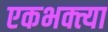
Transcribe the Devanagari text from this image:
एकभक्त्या